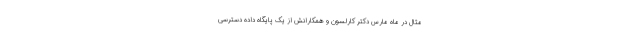
مثال در ماه مارس دکتر کارلسون و همکارانش از یک پایگاه داده دسترسی